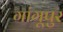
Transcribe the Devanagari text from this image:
गांगूपुर